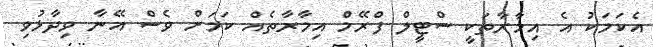
އެކަމަކު އެ އިމާރާތަކީ ސްޓީލް ފްރޭމް އިމާރާތެއް ކަމަށް ވެސް އޭނާ ވިދާޅުވި